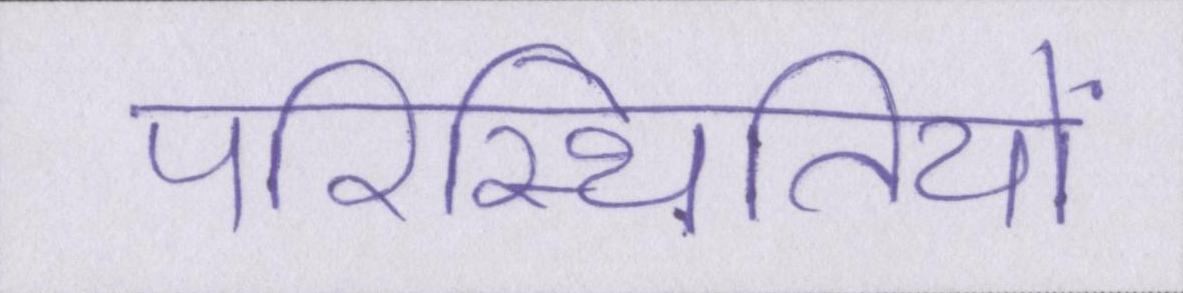
परिस्थितियों